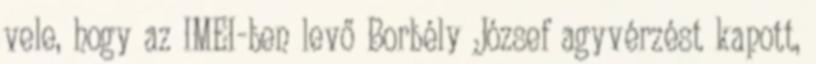
vele, hogy az IMEI-ben levő Borbély József agyvérzést kapott,